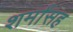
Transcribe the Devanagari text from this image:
शर्मांसह